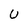
Character: u